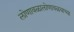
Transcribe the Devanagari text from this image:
लोणावळालोणावळयाच्या